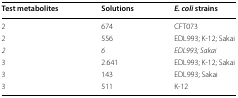
| Test metabolites | Solutions | E. coli strains |
 | --- | --- | --- |
 | 2 | 674 | CFT073 |
 | 2 | 556 | EDL993; K-12; Sakai |
 | 2 | 6 | EDL993; Sakai |
 | 3 | 2.641 | EDL993; K-12; Sakai |
 | 3 | 143 | EDL993; Sakai |
 | 3 | 511 | K-12 |